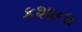
કશાના